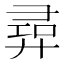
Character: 𢍟